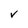
Character: V